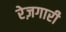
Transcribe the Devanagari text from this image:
रेज़गारी